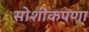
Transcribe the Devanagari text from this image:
सोशीकपणा